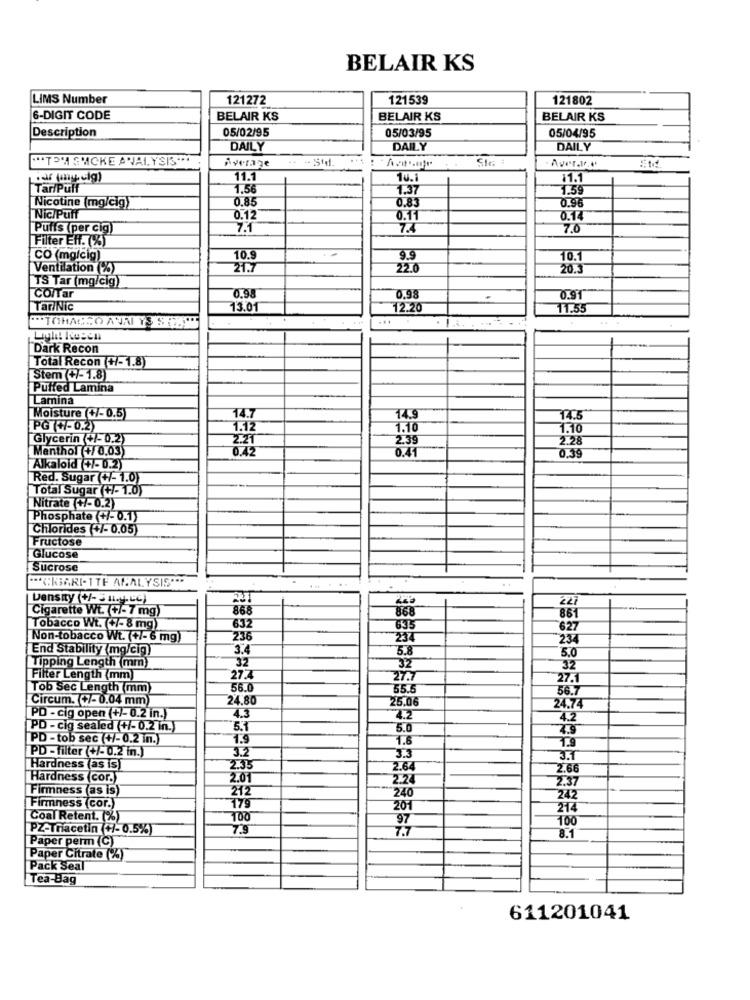
BELAIR KS
LIMS Number
121272
121539
121802
6-DIGIT CODE
BELAIR KS
BELAIR KS
BELAIR KS
Description
05/02/95
05/03/95
05/04/95
DAILY
DAILY
DAILY
""TO'A SMOKE AVAI. YSIS ***
Average
. - Std.
Aver.V.e'
11.1
10.1
11.1
Tar/Puff
1.56
1.37
1.59
0.85
0.96
Nicotine (mg/cig)
0.83
Nic/Puff
0.12
0.11
0.14
Puffs (per cig)
7.1
7.4
7.0
Filter Eff. (%)
CO (mg/cig)
10.9
9.9
10.1
Ventilation (%)
21.7
22.0
20.3
TS Tar (mg/cig)
0.98
CO/Tar
0.98
0.91
Tar/Nic
13.01
12.20
11.55
"TOHACEO ANNI YS SEEMS
Dark Recon
Total Recon (+/-1.8)
Stem (+/-1.8)
Puffed Lamina
Lamina
14.7
Moisture (+/-0.5)
14.9
14.5
[PG (+/-0.2)
1.12
1.10
1.10
Glycerin (+/-0.2)
239
2.28
Menthol (+/ 0.03)
0.42
0.41
0.39
Alkaloid +/-0.2)
Red. Sugar (+/- 1.0)
Total Sugar (+/- 1.0)
Nitrate (+/-0.2)
Phosphate (+/- 0.1)
Chlorides (+/- 0.05)
Fructose
Glucose
Sucrose
..
""CIGARI-TTE ANALYSIS" **
Density (+/-5 u.y.Lc)
Cigarette Wt. (+/- 7 mg)
868
861
Tobacco Wt. (7- 8 mg)
632
635
627
Non-tobacco Wt. (+/- 6 mg)
236
234
234
End Stability(mg/cig)
3.4
5.8
Tipping Length (mm)
32
5.0
32
32
Filter Length (mm)
27.7
27.7
27.1
Tob Sec Length (mm)
56.0
55.
56.7
Circum. +7-0.04 mm)
24.80
25.06
24.74
PD - cig open (+)-0.2 in.)
4.3
4.2
4.2
PD - cig sealed (+/- 0.2 in.)
5.1
5.0
PD - tob sec (+/- 0.2 in.
1.9
1.6
PD -filter (+/-0.2 in.)
3.2
1.9
3.3
3.7
Hardness (as iS)
2.35
2.64
2.66
Hardness (cor.)
2.01
2.24
2.37
Firmness (as is)
212
240
242
Firmness (cor.)
179
201
214
Coal Retent. (%)
100
97
100
PZ-Třiacetin (+/- 0.5%)
7.9
7.7
Paper perm (C)
8.1
Paper Citrate (%)
Pack Seal
Tea-Bag
611201041